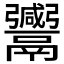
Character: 𱆒